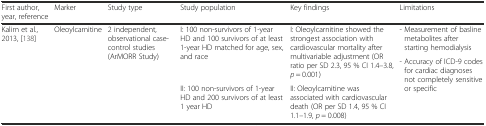
| First author, year, reference | Marker | Study type | Study population | Key findings | Limitations |
 | --- | --- | --- | --- | --- | --- |
 | <ROWSPAN=4> Kalim et al., 2013, [138] | <ROWSPAN=4> Oleoylcarnitine | <ROWSPAN=4> 2 independent, observational case-control studies (ArMORR Study) | <ROWSPAN=3> I: 100 non-survivors of 1-year HD and 100 survivors of at least 1-year HD matched for age, sex, and race | <ROWSPAN=2> I: Oleoylcarnitine showed the strongest association with cardiovascular mortality after multivariable adjustment (OR ratio per SD 2.3, 95 % CI 1.4–3.8, p = 0.001) | - Measurement of basline metabolites after starting hemodialysis |
 | <ROWSPAN=3> - Accuracy of ICD-9 codes for cardiac diagnoses not completely sensitive or specific |
 | <ROWSPAN=2> II: Oleoylcarnitine was associated with cardiovascular death (OR per SD 1.4, 95 % CI 1.1–1.9, p = 0.008) |
 | II: 100 non-survivors of 1-year HD and 200 survivors of at least 1 year HD |